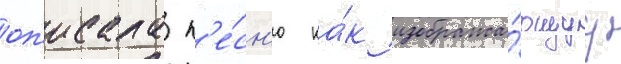
оп'исала п'е́сн'ю ка́к изобража́ющуу